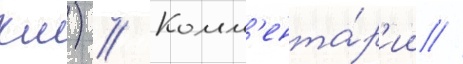
км) // Комм'ента́р'ии //